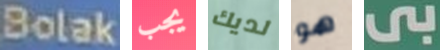
Bolak يجب لديك هو بى